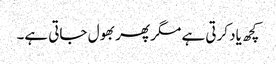
کچھ یاد کرتی ہے مگر پھر بھول جاتی ہے۔